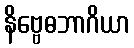
နိဗ္ဗေဓဘာဂိယာ